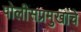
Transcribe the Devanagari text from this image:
पोलीसप्रमुखांचे